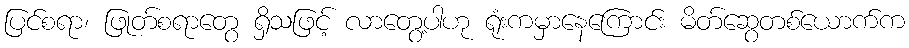
ပြင်စရာ၊ ဖြုတ်စရာတွေ ရှိသဖြင့် လာတွေ့ပါဟု ရုံးကမှာနေကြောင်း မိတ်ဆွေတစ်ယောက်က